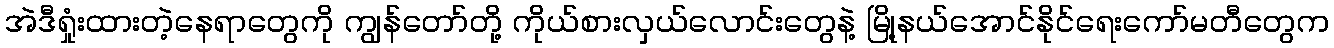
အဲဒီရှုံးထားတဲ့နေရာတွေကို ကျွန်တော်တို့ ကိုယ်စားလှယ်လောင်းတွေနဲ့ မြို့နယ်အောင်နိုင်ရေးကော်မတီတွေက